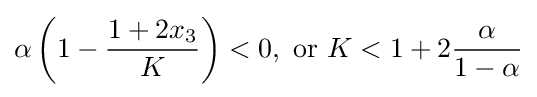
\alpha \left(1-{\frac {1+2x_{3}}{K}}\right)<0,{\text{ or }}K<1+2{\frac {\alpha }{1-\alpha }}